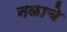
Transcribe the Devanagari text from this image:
नळाचे